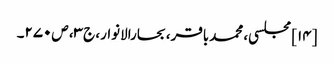
[۱۴] مجلسی، محمدباقر، بحارالانوار، ج‌۳، ص‌۲۷۰۔